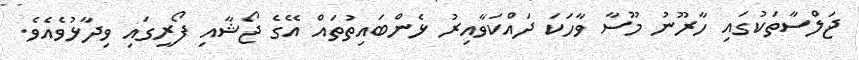
ޖަލްސާތަކުގައި ހާރޫނު މޫސާ ވާހަކަ ދައްކަވާއިރު ޅެންބައިތުތައް އޭގެ ޖޯޝާއި ފޯރީގައި ވިދާޅުވެއެވެ.